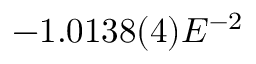
- 1 . 0 1 3 8 ( 4 ) E ^ { - 2 }